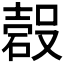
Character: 𱴧